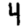
Digit: 4